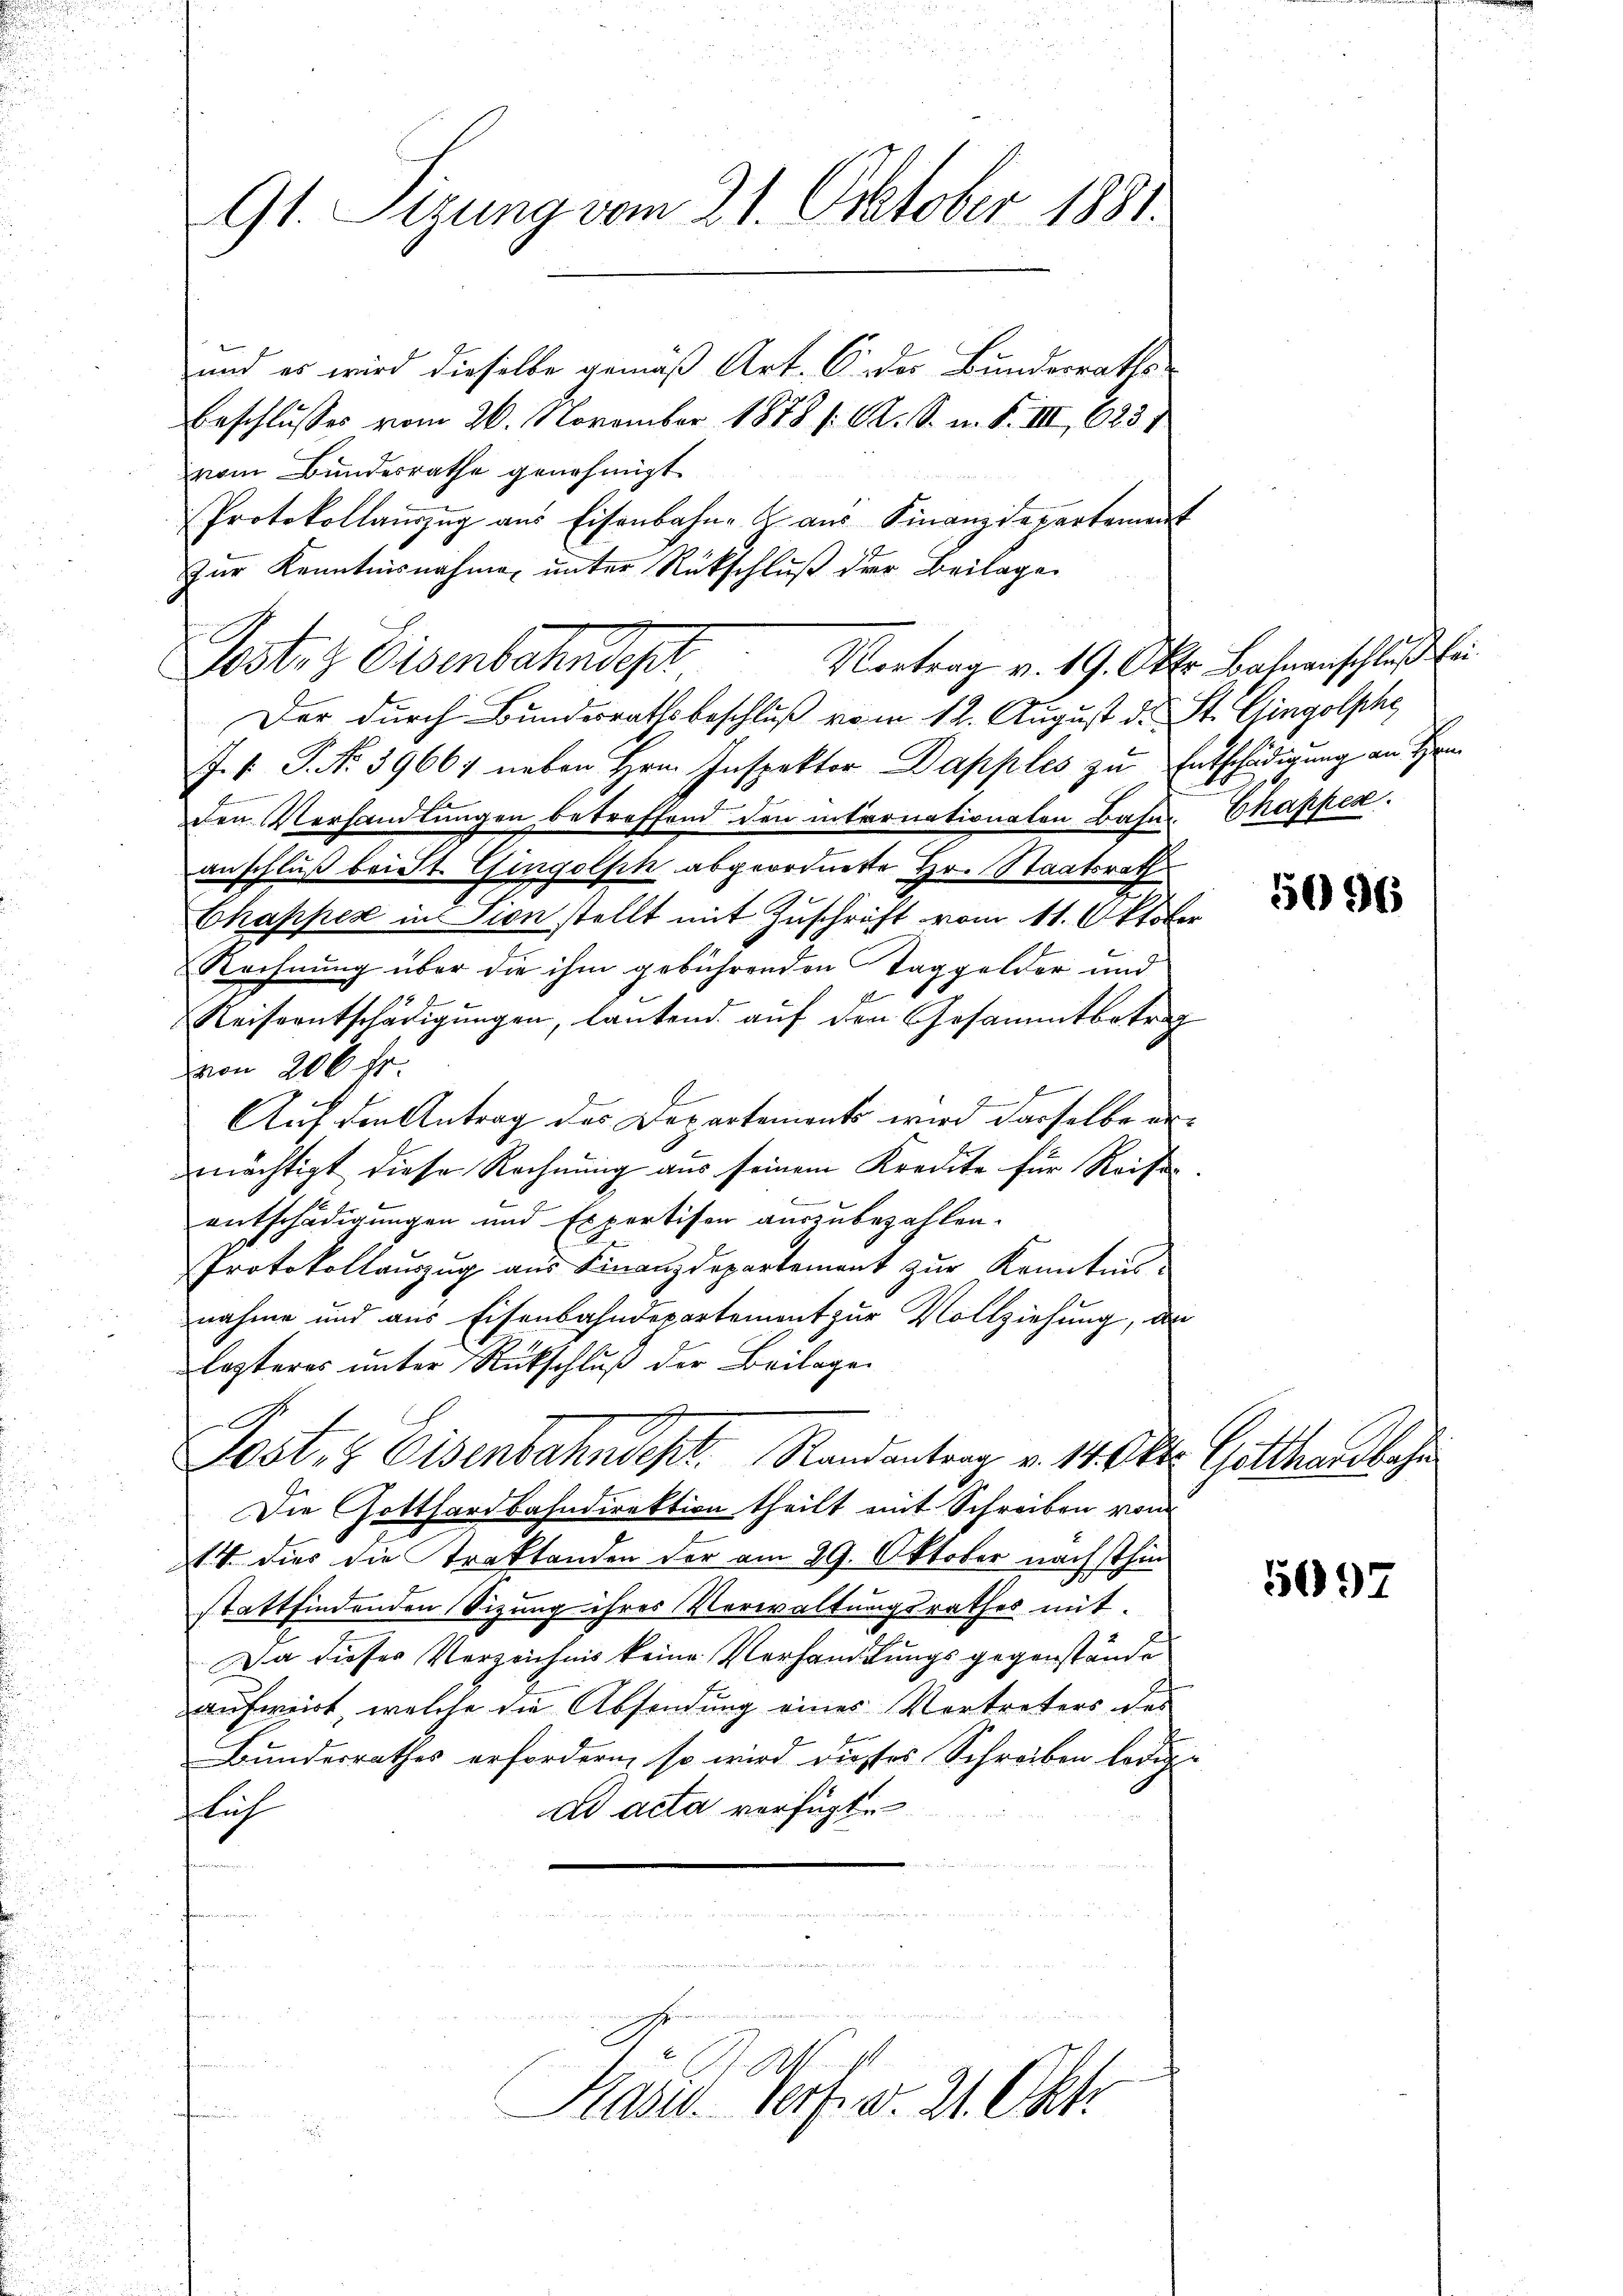
91. Sizung vom 21. Oktober 1881.

Vortrag v. 19. Oktr. Bahnanschlŭβ Ei

und es wird dieselbe gemäß Art. Oder Bundesraths
BBeschlusses vom 26. November 1878 /: M. S. n. F. III 623 1
vom Bundesrathe genehmigt
Protokollauszug aus Eisenbahn-Z aŭs Finanzdepartement
zŭr Kenntnisnahme ŭnter Rückschlŭβ der Beilage
Postiz Eisenbahndepl
Der durch Bundesrathsbeschluß vom 12. August d. St. Gingolphe
J. V. P. Nr. 39664 neben Hrn. Inspektor Dapples zu Entschädigung an Hrn
Den Verhandlungen betreffend den internationaten Baser Chappes.
anschluß bei St. Gingolph abgeordnete Hr. Staatsrath
Chappen in Sion stellt mit Zuschrift vom 11. Oktober
Rechnung über die ihm gebührenden Taggelder und
e
Reiseentschädigungen, lautend auf den Gesammtbetrag
von 200 fr.
Auf den Antrag des Departements wird dasselbe ermächtigt diese Rechnung aus seinem Kredite für Reise
entschädigungen und Expertisen auszubezahlen.
Protokollaŭszŭg aŭs Finanzdepartement zŭr Kenntnis-
nahme und aus Eisenbahndepartement zur Vollziehung, an
lezteres unter Rückschluß der Beilagen
x
Last. Eisenbahndekt. Randantrag v. 14. Okt. Gotthardbahn
Die Gotthardbahndirektion theilt mit Schreiben vom
14 dies die Traktanden der am 29. Oktober nächsthin
stattfindenden Sizung ihres Verwaltungsrathes mit.
Da dieser Verzeichnis keine Verhandlungsgegenstände
anferirt, welche die Absendung eines Vertreters des
Bundesrathes erfordern, so wird diesses Schreiben ledig-
ad acta verfügt:
fluch

.
Kasu. Verf. v. 21. Okt.

5096

592